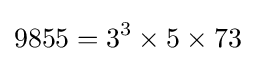
9855=3^{3}\times 5\times 73